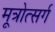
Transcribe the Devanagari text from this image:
मूत्रोत्सर्ग